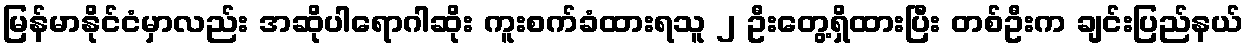
မြန်မာနိုင်ငံမှာလည်း အဆိုပါရောဂါဆိုး ကူးစက်ခံထားရသူ ၂ ဦးတွေ့ရှိထားပြီး တစ်ဦးက ချင်းပြည်နယ်